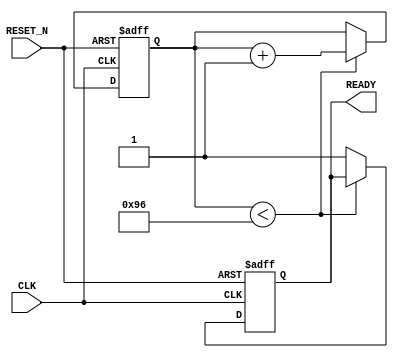
module I2C_DELAY_B  (
  input  RESET_N,
  input  CLK , 
  output reg READY 
);

reg [31:0] DELAY  ;  
reg        READY_n ; 
always @(negedge RESET_N  or posedge CLK   ) 
if (!RESET_N) begin DELAY <= 0 ;  READY<=0;  end 
else if ( DELAY < 30*5) DELAY <= DELAY+1 ;
else READY <=1 ; 

endmodule